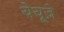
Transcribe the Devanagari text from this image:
येयूज़े